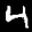
Label: 4